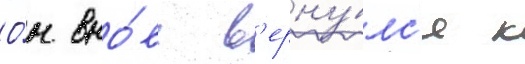
О́н вно́вь в'ерну́лс'я к